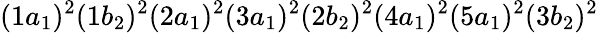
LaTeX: (1a_{1})^{2}(1b_{2})^{2}(2a_{1})^{2}(3a_{1})^{2}(2b_{2})^{2}(4a_{1})^{2}(5a_{1})^{2}(3b_{2})^{2}